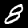
Label: 8